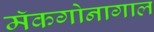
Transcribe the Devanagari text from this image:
मॅकगोनागाल